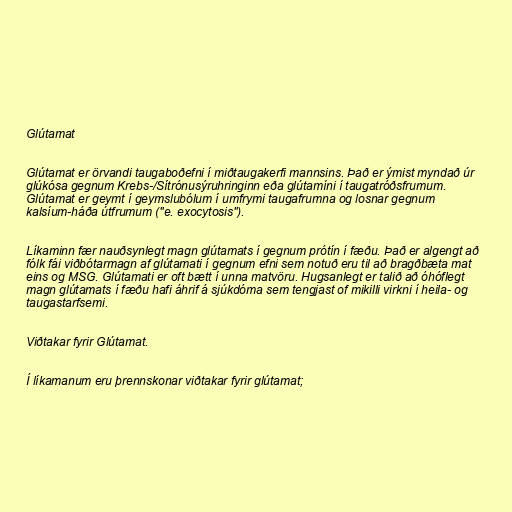
Glútamat

Glútamat er örvandi taugaboðefni í miðtaugakerfi mannsins. Það er ýmist myndað úr
glúkósa gegnum Krebs-/Sítrónusýruhringinn eða glútamíni í taugatróðsfrumum.
Glútamat er geymt í geymslubólum í umfrymi taugafrumna og losnar gegnum
kalsíum-háða útfrumum ("e. exocytosis").

Líkaminn fær nauðsynlegt magn glútamats í gegnum prótín í fæðu. Það er algengt að
fólk fái viðbótarmagn af glútamati í gegnum efni sem notuð eru til að bragðbæta mat
eins og MSG. Glútamati er oft bætt í unna matvöru. Hugsanlegt er talið að óhóflegt
magn glútamats í fæðu hafi áhrif á sjúkdóma sem tengjast of mikilli virkni í heila- og
taugastarfsemi.

Viðtakar fyrir Glútamat.

Í líkamanum eru þrennskonar viðtakar fyrir glútamat;